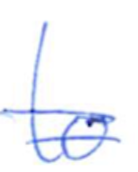
Text: to
Cross-out: double-line
Writing tool: ballpoint